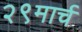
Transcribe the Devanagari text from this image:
२९मार्च